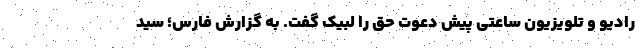
رادیو و تلویزیون ساعتی پیش دعوت حق را لبیک گفت. به گزارش فارس؛ سید